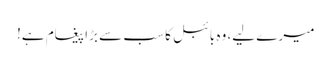
میرے لیے، وہ بائبل کا سب سے بڑا پیغام ہے!